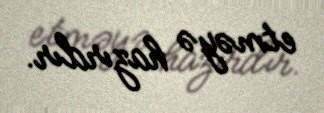
etməyə hazırdır.